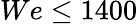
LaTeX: We\leq 1400